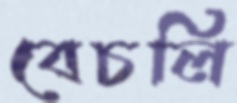
বেচলি